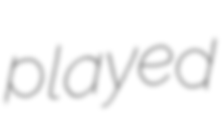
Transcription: played